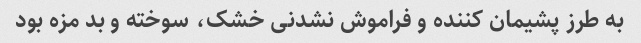
به طرز پشیمان کننده و فراموش نشدنی خشک، سوخته و بد مزه بود